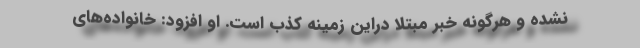
نشده و هرگونه خبر مبتلا دراین زمینه کذب است. او افزود: خانواده‌های